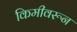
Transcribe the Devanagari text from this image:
किमीवरून